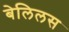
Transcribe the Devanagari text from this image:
बेलिलस